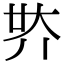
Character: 𡗾